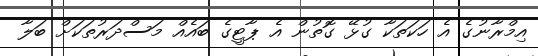
އިމްރާނުގެ އެ ހަކަތަކާ ގުޅޭ ގޮތުން އެ ޕާޓީގެ ބައެއް މަސްދަރުތަކަށް ބަލާ